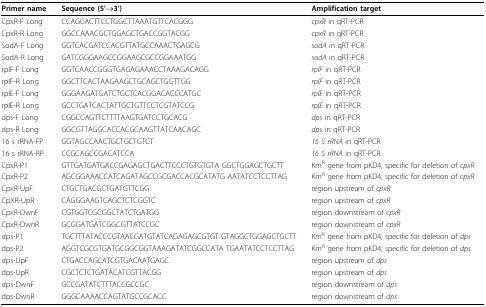
<table><thead><tr><td><b>Primer name</b></td><td><b>Sequence (5&#x27;→3&#x27;)</b></td><td><b>Amplification target</b></td></tr></thead><tbody><tr><td>CpxR-F Long</td><td>CCAGCACTTCCTGGCTTAAATGTTCACGGG</td><td><i>cpxR </i>in qRT-PCR</td></tr><tr><td>CpxR-R Long</td><td>GGCCAAACGCTGGAGCTGACCGGTACGG</td><td><i>cpxR </i>in qRT-PCR</td></tr><tr><td>SodA-F Long</td><td>GGTCACGATCCACGTTATGCCAAACTGAGCG</td><td><i>sodA </i>in qRT-PCR</td></tr><tr><td>SodA-R Long</td><td>GATCGGGAAGCCGGAAGCGCCGGAAATGG</td><td><i>sodA </i>in qRT-PCR</td></tr><tr><td>rplF-F Long</td><td>GGTCAACCGGGTGAGAGAAACCTAAAGACAGG</td><td><i>rplF </i>in qRT-PCR</td></tr><tr><td>rplF-R Long</td><td>GGCTTCACTAAGAAGCTGCAGCTGGTTGG</td><td><i>rplF </i>in qRT-PCR</td></tr><tr><td>rplE-F Long</td><td>GGGAAGATGATCTGCTCACGGACACCCATGC</td><td><i>rplE </i>in qRT-PCR</td></tr><tr><td>rplE-R Long</td><td>GCCTGATCACTATTGCTGTTCCTCGTATCCG</td><td><i>rplE </i>in qRT-PCR</td></tr><tr><td>dps-F Long</td><td>CGGCCAGTTCTTTTAAGTGATCCTGCACG</td><td><i>dps </i>in qRT-PCR</td></tr><tr><td>dps-R Long</td><td>GGCGTTAGGCACCACGCAAGTTATCAACAGC</td><td><i>dps </i>in qRT-PCR</td></tr><tr><td>16 s rRNA-FP</td><td>GGTAGCCAACTGCTGCTGTCT</td><td><i>16 S rRNA </i>in qRT-PCR</td></tr><tr><td>16 s rRNA-RP</td><td>CCGCAGCCGACATCCA</td><td><i>16 S rRNA </i>in qRT-PCR</td></tr><tr><td>CpxR-P1</td><td>GTTGATGATGACCGAGAGCTGACTTCCCTGTGTGTA GGCTGGAGCTGCTT</td><td>Km<sup>R </sup>gene from pKD4; specific for deletion of <i>cpxR</i></td></tr><tr><td>CpxR-P2</td><td>AGCGGAAACCATCAGATAGCCGCGACCACGCATATG AATATCCTCCTTAG</td><td>Km<sup>R </sup>gene from pKD4; specific for deletion of <i>cpxR</i></td></tr><tr><td>CpxR-UpF</td><td>CTGCTGACGCTGATGTTCGG</td><td>region upstream of <i>cpxR</i></td></tr><tr><td>CpXR-UpR</td><td>CAGGGAAGTCAGCTCTCGGTC</td><td>region upstream of <i>cpxR</i></td></tr><tr><td>CpxR-DwnF</td><td>CGTGGTCGCGGCTATCTGATGG</td><td>region downstream of <i>cpxR</i></td></tr><tr><td>CpxR-DwnR</td><td>GCGGATGATCGGCGTTATCCGC</td><td>region downstream of <i>cpxR</i></td></tr><tr><td>dps-P1</td><td>TGCTTTATACCCGTAACGATGTATCAGAGAGCGTGT GTAGGCTGGAGCTGCTT</td><td>Km<sup>R </sup>gene from pKD4; specific for deletion of <i>dps</i></td></tr><tr><td>dps-P2</td><td>AGGTCGCGTGATGCGGCGGTAAAGATATCGGCCATA TGAATATCCTCCTTAG</td><td>Km<sup>R </sup>gene from pKD4; specific for deletion of <i>dps</i></td></tr><tr><td>dps-UpF</td><td>CTGACCAGCATCGTGACAATGAGC</td><td>region upstream of <i>dps</i></td></tr><tr><td>dps-UpR</td><td>CGCTCTCTGATACATCGTTACGG</td><td>region upstream of <i>dps</i></td></tr><tr><td>dps-DwnF</td><td>GCCGATATCTTTACCGCCGC</td><td>region downstream of <i>dps</i></td></tr><tr><td>dps-DwnR</td><td>GGGCAAAACCAGTATGCCGCACC</td><td>region downstream of <i>dps</i></td></tr></tbody></table>